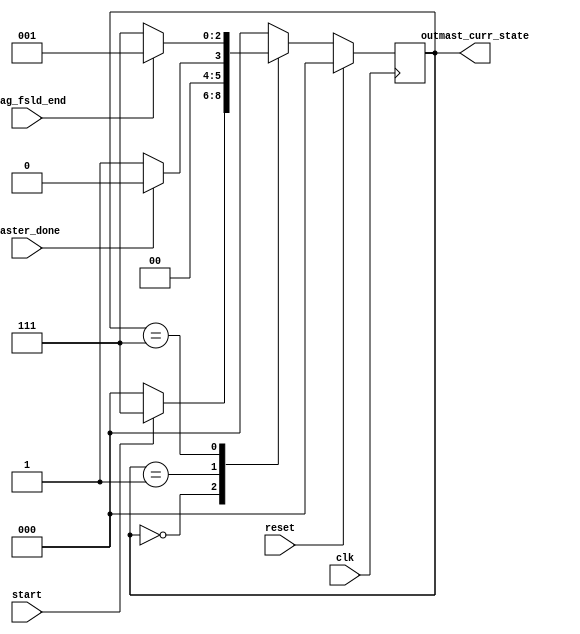
// ============================================================================
// Designer : Yi_Yuan Chen
// Create   : 2022.09.19
// Ver      : 2.0
// Func     : master and slave FSM, use curr_of_row control, only FSLD and LEFT
// 				for 64 MACs version DLA.
// 		2022.11.15 : remove slav fsm, 
// ============================================================================
// finite state machine

`timescale 1ns/100ps
module fsm64 (
	clk,
	reset,

	flag_fsld_end 	,
	start 	,
	master_done 	,

	outmast_curr_state	

);
// 
localparam MAST_FSM_BITS 	= 3;
localparam M_IDLE 	= 3'd0;
localparam LEFT 	= 3'd1;
localparam BASE 	= 3'd2;
localparam RIGHT 	= 3'd3;
localparam FSLD 	= 3'd7;	// First load sram0



output wire  [ MAST_FSM_BITS -1 : 0 ] outmast_curr_state ;


input wire clk ;
input wire reset ;

input wire flag_fsld_end ;
input wire start ;
input wire master_done ;


reg [ MAST_FSM_BITS -1 : 0 ] mast_curr_state ;
reg [ MAST_FSM_BITS -1 : 0 ] mast_next_state ;



assign outmast_curr_state = mast_curr_state ;


always@(*)begin
	case( mast_curr_state )
		M_IDLE 	:	mast_next_state = ( start )? FSLD : M_IDLE ;
		LEFT 	:	mast_next_state = ( master_done )? M_IDLE : LEFT ;
		// BASE 	:	mast_next_state = ( master_done )? RIGHT : BASE ;
		// RIGHT 	:	mast_next_state = ( master_done )? M_IDLE : RIGHT ;
		FSLD 	:	mast_next_state = ( flag_fsld_end )? LEFT : FSLD ;
	default : mast_next_state = M_IDLE ;
	endcase	
end


always@( posedge clk )begin
	if( reset )begin
		mast_curr_state <= M_IDLE	;
	end 
	else begin
		mast_curr_state <= mast_next_state	;
	end
end




endmodule